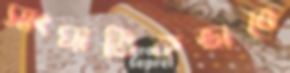
সাংঘাতিকভাবে